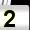
Digit: 2